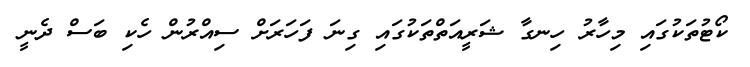
ކޯޓުތަކުގައި މިހާރު ހިނގާ ޝަރީއަތްތަކުގައި ގިނަ ފަހަރަށް ސިއްރުން ހެކި ބަސް ދެނީ